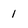
Character: 1